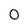
Character: 0